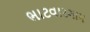
ભાટવારગામ